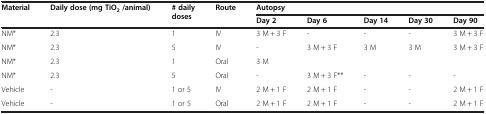
<table><thead><tr><td><b>Material</b></td><td><b>Daily dose (mg TiO<sub>2</sub>/animal)</b></td><td><b># daily doses</b></td><td><b>Route</b></td><td colspan="5"><b>Autopsy</b></td></tr><tr><td><b> </b></td><td><b> </b></td><td><b> </b></td><td><b> </b></td><td><b>Day 2</b></td><td><b>Day 6</b></td><td><b>Day 14</b></td><td><b>Day 30</b></td><td><b>Day 90</b></td></tr></thead><tbody><tr><td>NM*</td><td>2.3</td><td>1</td><td>IV</td><td>3 M + 3 F</td><td>-</td><td>-</td><td>-</td><td>3 M + 3 F</td></tr><tr><td>NM*</td><td>2.3</td><td>5</td><td>IV</td><td>-</td><td>3 M + 3 F</td><td>3 M</td><td>3 M</td><td>3 M + 3 F</td></tr><tr><td>NM*</td><td>2.3</td><td>1</td><td>Oral</td><td>3 M</td><td> </td><td> </td><td> </td><td> </td></tr><tr><td>NM*</td><td>2.3</td><td>5</td><td>Oral</td><td>-</td><td>3 M + 3 F**</td><td>-</td><td>-</td><td>-</td></tr><tr><td>Vehicle</td><td>-</td><td>1 or 5</td><td>IV</td><td>2 M + 1 F</td><td>2 M + 1 F</td><td>-</td><td>-</td><td>2 M + 1 F</td></tr><tr><td>Vehicle</td><td>-</td><td>1 or 5</td><td>Oral</td><td>2 M + 1 F</td><td>2 M + 1 F</td><td>-</td><td>-</td><td>2 M + 1 F</td></tr></tbody></table>